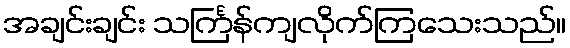
အချင်းချင်း သင်္ကြန်ကျလိုက်ကြသေးသည်။